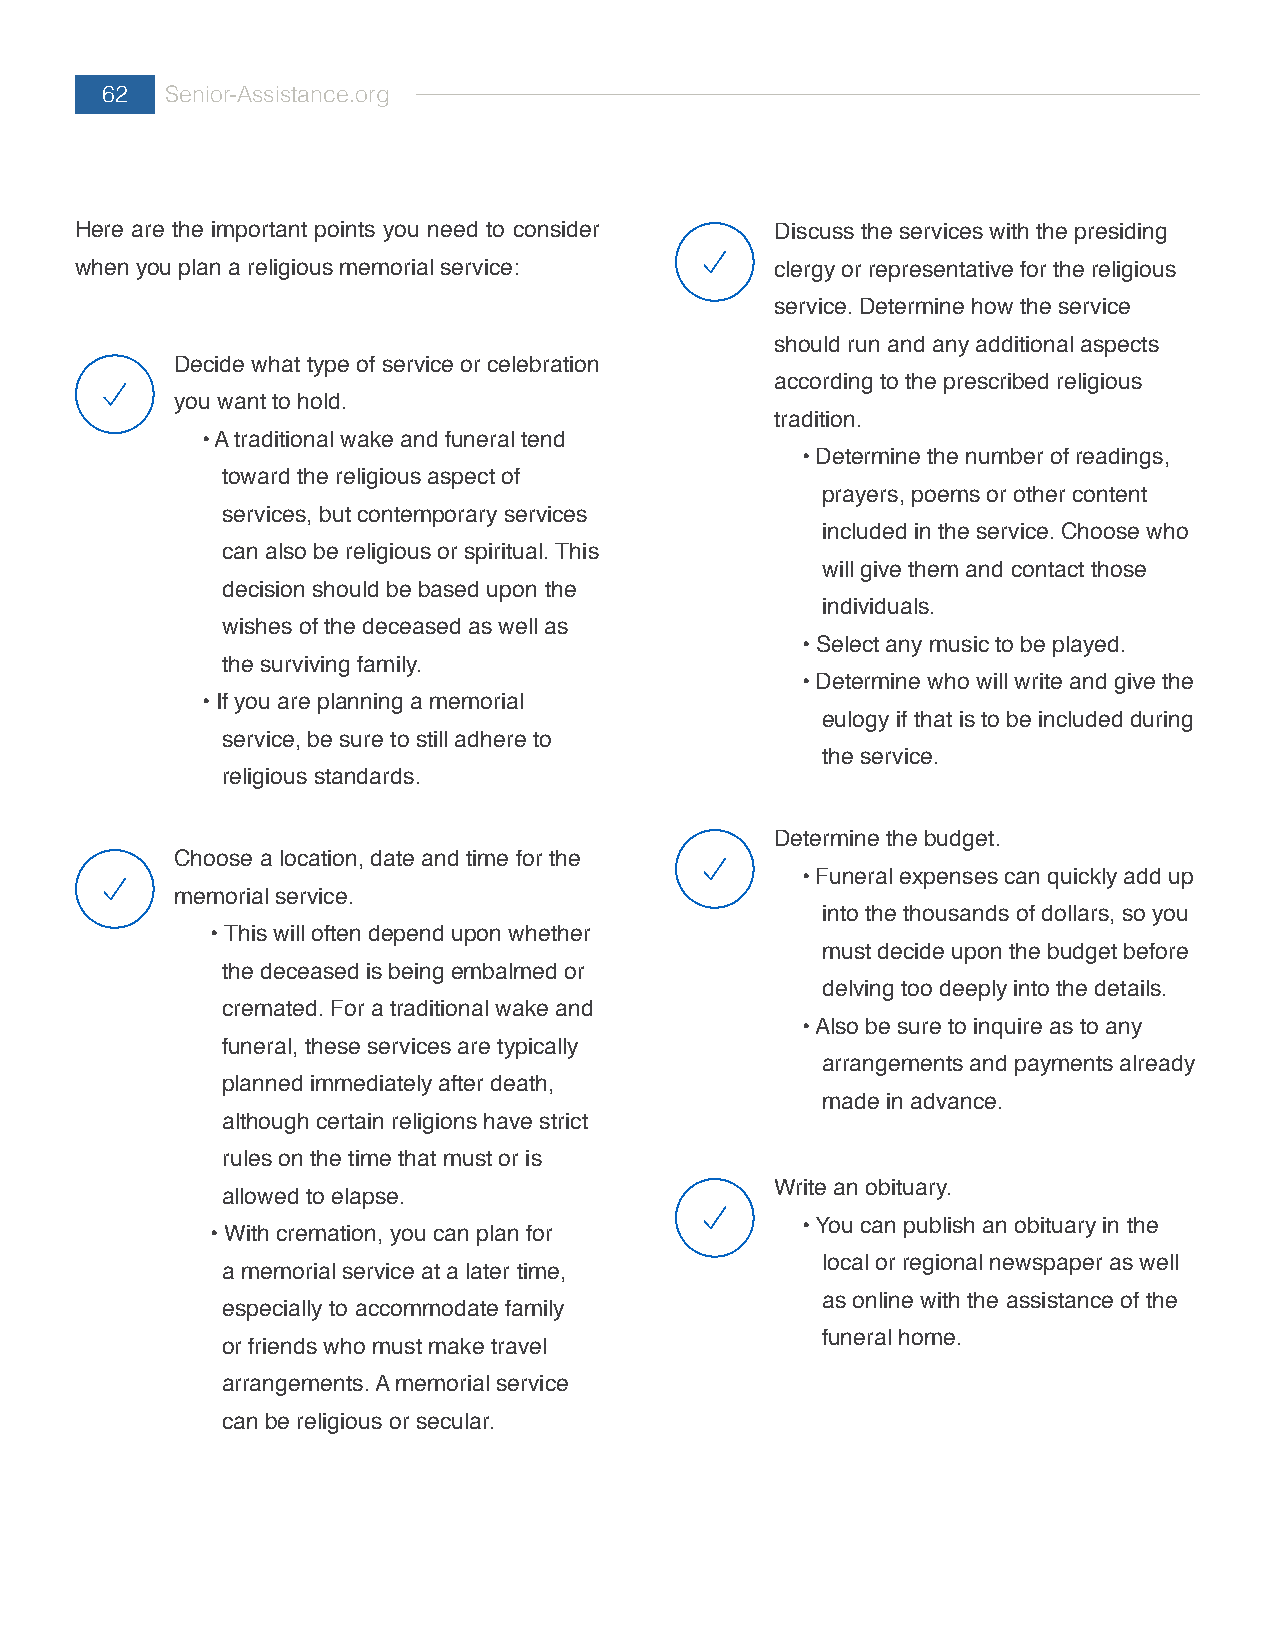
62  Senior-Assistance.org
 Here are the important points you need to consider Discuss the services with the presiding
 when you plan a religious memorial service:   clergy or representative for the religious
 service. Determine how the service
 should run and any additional aspects
 Decide what type of service or celebration
 according to the prescribed religious
 you want to hold.
 tradition.
 • A traditional wake and funeral tend
 • Determine the number of readings,
 toward the religious aspect of
 prayers, poems or other content
 services, but contemporary services
 included in the service. Choose who
 can also be religious or spiritual. This
 will give them and contact those
 decision should be based upon the
 individuals.
 wishes of the deceased as well as
 • Select any music to be played.
 the surviving family.
 • Determine who will write and give the
 • If you are planning a memorial
 eulogy if that is to be included during
 service, be sure to still adhere to
 the service.
 religious standards.
 Determine the budget.
 Choose a location, date and time for the
 • Funeral expenses can quickly add up
 memorial service.
 into the thousands of dollars, so you
 • This will often depend upon whether
 must decide upon the budget before
 the deceased is being embalmed or
 delving too deeply into the details.
 cremated. For a traditional wake and
 • Also be sure to inquire as to any
 funeral, these services are typically
 arrangements and payments already
 planned immediately after death,
 made in advance.
 although certain religions have strict
 rules on the time that must or is
 Write an obituary.
 allowed to elapse.
 • You can publish an obituary in the
 • With cremation, you can plan for
 local or regional newspaper as well
 a memorial service at a later time,
 as online with the assistance of the
 especially to accommodate family
 funeral home.
 or friends who must make travel
 arrangements. A memorial service
 can be religious or secular.